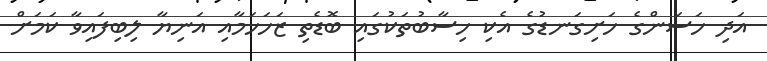
އަދި ހަސަންގެ ހަށިގަނޑުގެ އެކި ހިސާބުތަކުގައި ބޮޑެތި ޒަހަހަމާއި އަނިޔާ ލިބިފައިވާ ކަމަށް